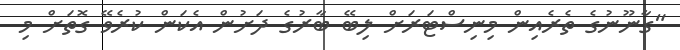
"ގާނޫނުގެ ތެރެއިން މިނިސްޓަރަށް ލިބޭ ބާރުގެ ދަށުން އެކަން ކުރެވޭ ގޮތަށް މި